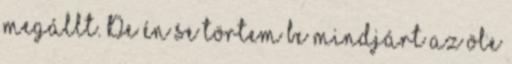
megállt. De én se törtem be mindjárt az öle